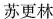
苏更林